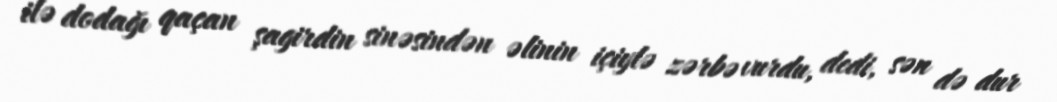
ilə dodağı qaçan şagirdin sinəsindən əlinin içiylə zərbə vurdu, dedi, sən də dur